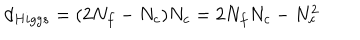
LaTeX: d _ { H i g g s } = ( 2 N _ { f } - N _ { c } ) N _ { c } = 2 N _ { f } N _ { c } - N _ { c } ^ { 2 }